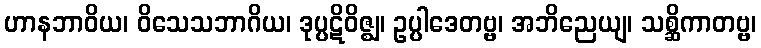
ဟာနဘာဝိယ၊ ဝိသေသဘာဂိယ၊ ဒုပ္ပဋိဝိဇ္ဈ၊ ဥပ္ပါဒေတဗ္ဗ၊ အဘိညေယျ၊ သစ္ဆိကာတဗ္ဗ၊